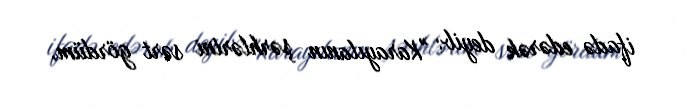
ifadə edərək deyib: "Karayılanın şərhlərini sərt gördüm.